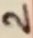
Text: 2